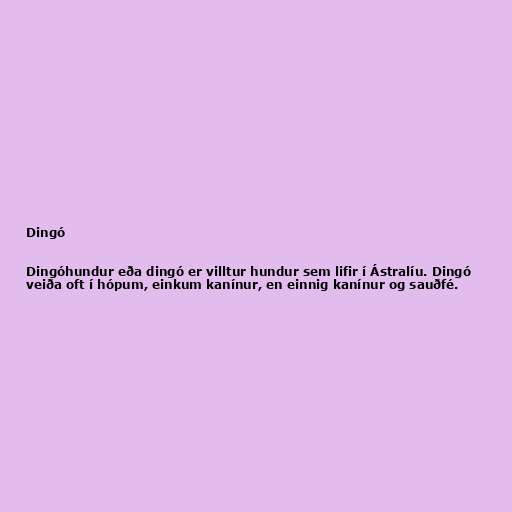
Dingó

Dingóhundur eða dingó er villtur hundur sem lifir í Ástralíu. Dingó
veiða oft í hópum, einkum kanínur, en einnig kanínur og sauðfé.